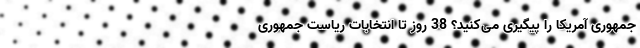
جمهوری آمریکا را پیگیری می‌کنید؟ 38 روز تا انتخابات ریاست جمهوری